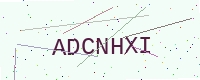
Text: ADCNHXI